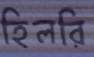
হিলরি